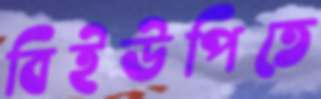
বিইউপিতে